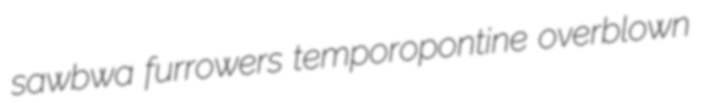
sawbwa furrowers temporopontine overblown